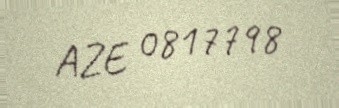
AZE 0817798